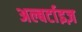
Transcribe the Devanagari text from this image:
अल्बर्टाइज़